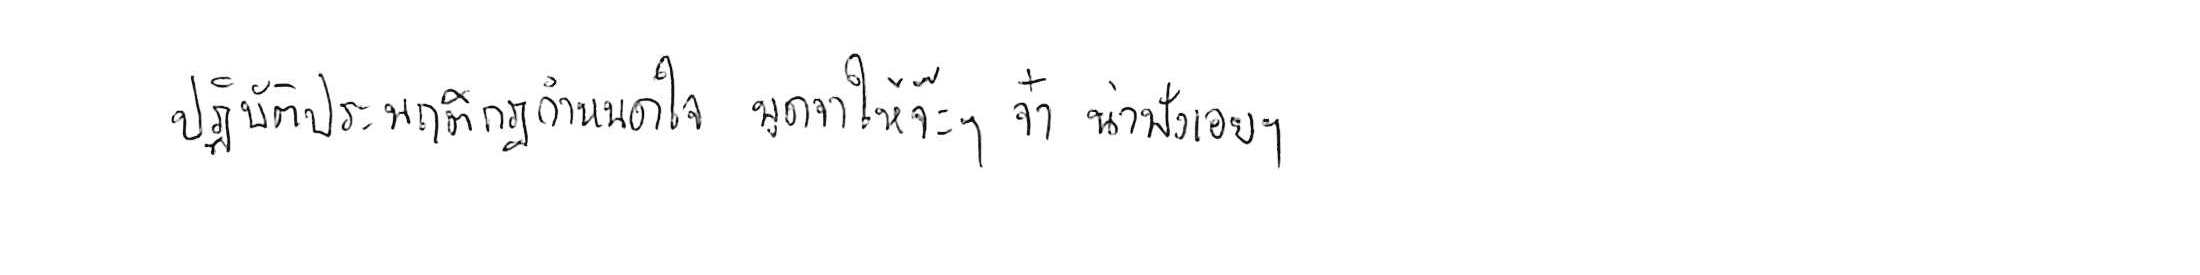
ปฏิบัติประพฤติกฎกำหนดใจ พูดจาให้จ๊ะๆ จ๋า น่าฟังเอยฯ